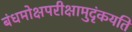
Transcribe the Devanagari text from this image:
बंधमोक्षपरीक्षामुदृंकयति